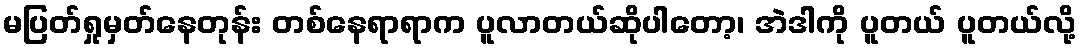
မပြတ်ရှုမှတ်နေတုန်း တစ်နေရာရာက ပူလာတယ်ဆိုပါတော့၊ အဲဒါကို ပူတယ် ပူတယ်လို့